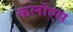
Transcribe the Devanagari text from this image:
कलॉएस